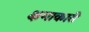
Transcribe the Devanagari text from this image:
क्षमाकारी